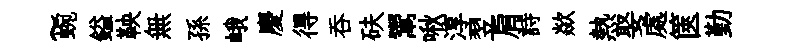
~蜿鎰鞅無孫峨慶得吞砆鬻啾淳翌肩詩歘熱娶處篋勤